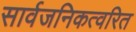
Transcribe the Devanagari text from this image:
सार्वजनिकत्वरित